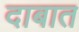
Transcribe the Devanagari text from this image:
दाबात